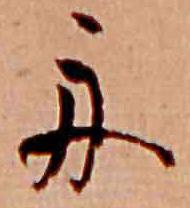
舟